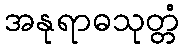
အနုရာဓသုတ္တံ